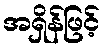
အရှိန်ဖြင့်